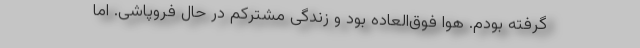
گرفته بودم. هوا فوق‌العاده بود و زندگی مشترکم در حال فروپاشی. اما